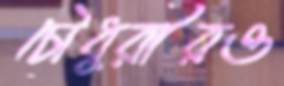
চৌধুরীরও